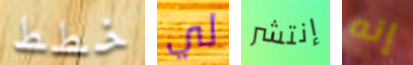
خطط لي إنتشر إنه